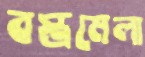
বস্ত্রমেলা